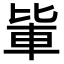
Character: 𨋅